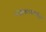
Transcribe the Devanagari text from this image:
पंजीकरणकर्ताओं